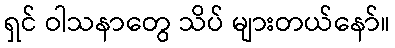
ရှင် ဝါသနာတွေ သိပ် များတယ်နော်။